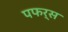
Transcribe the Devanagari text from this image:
पफर्स